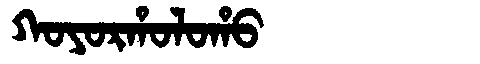
Manchu: ᡴᠣᠶᠣᡵᡥᠣᠯᠣᡥᠣ
Romanization: KOYORHOLOHO